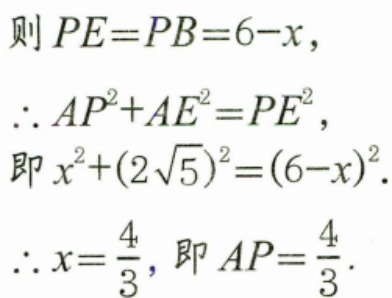
则$PE = PB = 6 - x$，
$\therefore AP^{2}+AE^{2}=PE^{2}$，
即$x^{2}+(2\sqrt{5})^{2}=(6 - x)^{2}$.
$\therefore x=\frac{4}{3}$，即$AP=\frac{4}{3}$.